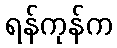
ရန်ကုန်က